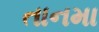
તાનમા